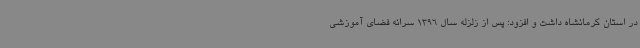
در استان کرمانشاه داشت و افزود: پس از زلزله سال 1396 سرانه فضای آموزشی